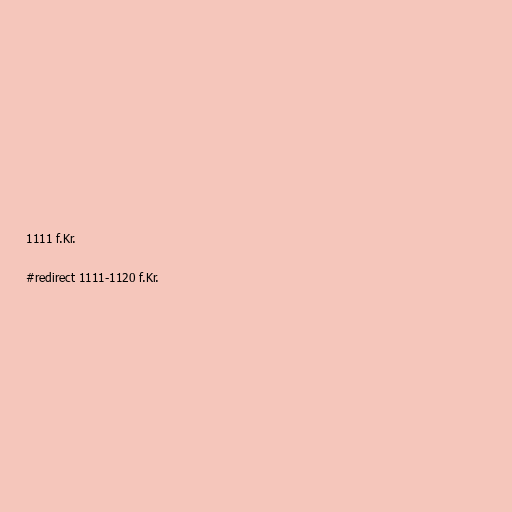
1111 f.Kr.

#redirect 1111-1120 f.Kr.